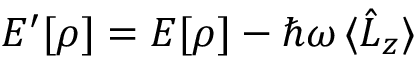
E ^ { \prime } [ \rho ] = E [ \rho ] - \hbar \omega \, \langle \hat { L } _ { z } \rangle